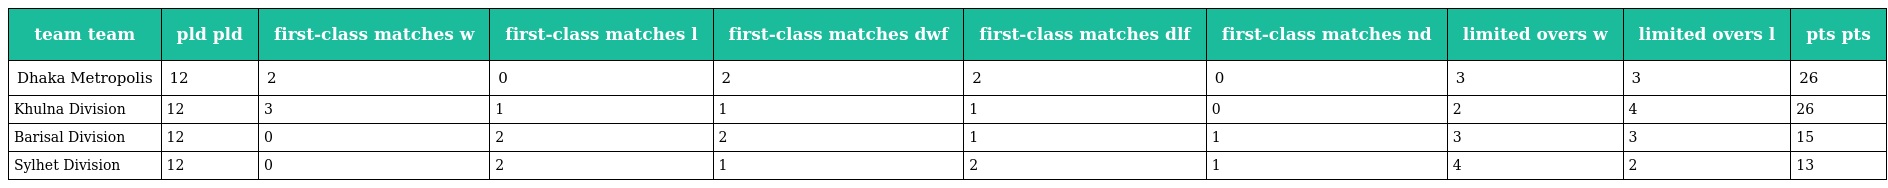
| team team | pld pld | first-class matches w | first-class matches l | first-class matches dwf | first-class matches dlf | first-class matches nd | limited overs w | limited overs l | pts pts |
 | --- | --- | --- | --- | --- | --- | --- | --- | --- | --- |
 | Dhaka Metropolis | 12 | 2 | 0 | 2 | 2 | 0 | 3 | 3 | 26 |
 | Khulna Division | 12 | 3 | 1 | 1 | 1 | 0 | 2 | 4 | 26 |
 | Barisal Division | 12 | 0 | 2 | 2 | 1 | 1 | 3 | 3 | 15 |
 | Sylhet Division | 12 | 0 | 2 | 1 | 2 | 1 | 4 | 2 | 13 |